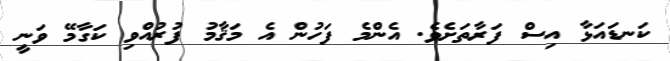
ކަނޑައަޅާ އިސް ފަރާތަށެވެ. އެންމެ ފަހުން އެ މަޤާމު ފުރުއްވި ކަގާމޭ ވަނީ